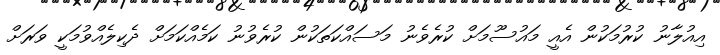
އިއުލާނު ކުރުމަކުން އެއީ މައުސޫމަށް ކުރެވެނު މަސައްކަތަކުން ކުރެވުނު ކަމެއްކަމަށް ދެކިލެއްވުމަކީ ވަރަށް